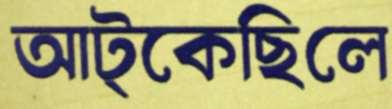
আট্‌কেছিলে